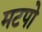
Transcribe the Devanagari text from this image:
मटपो